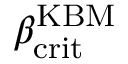
\beta _ { \mathrm { c r i t } } ^ { \mathrm { K B M } }